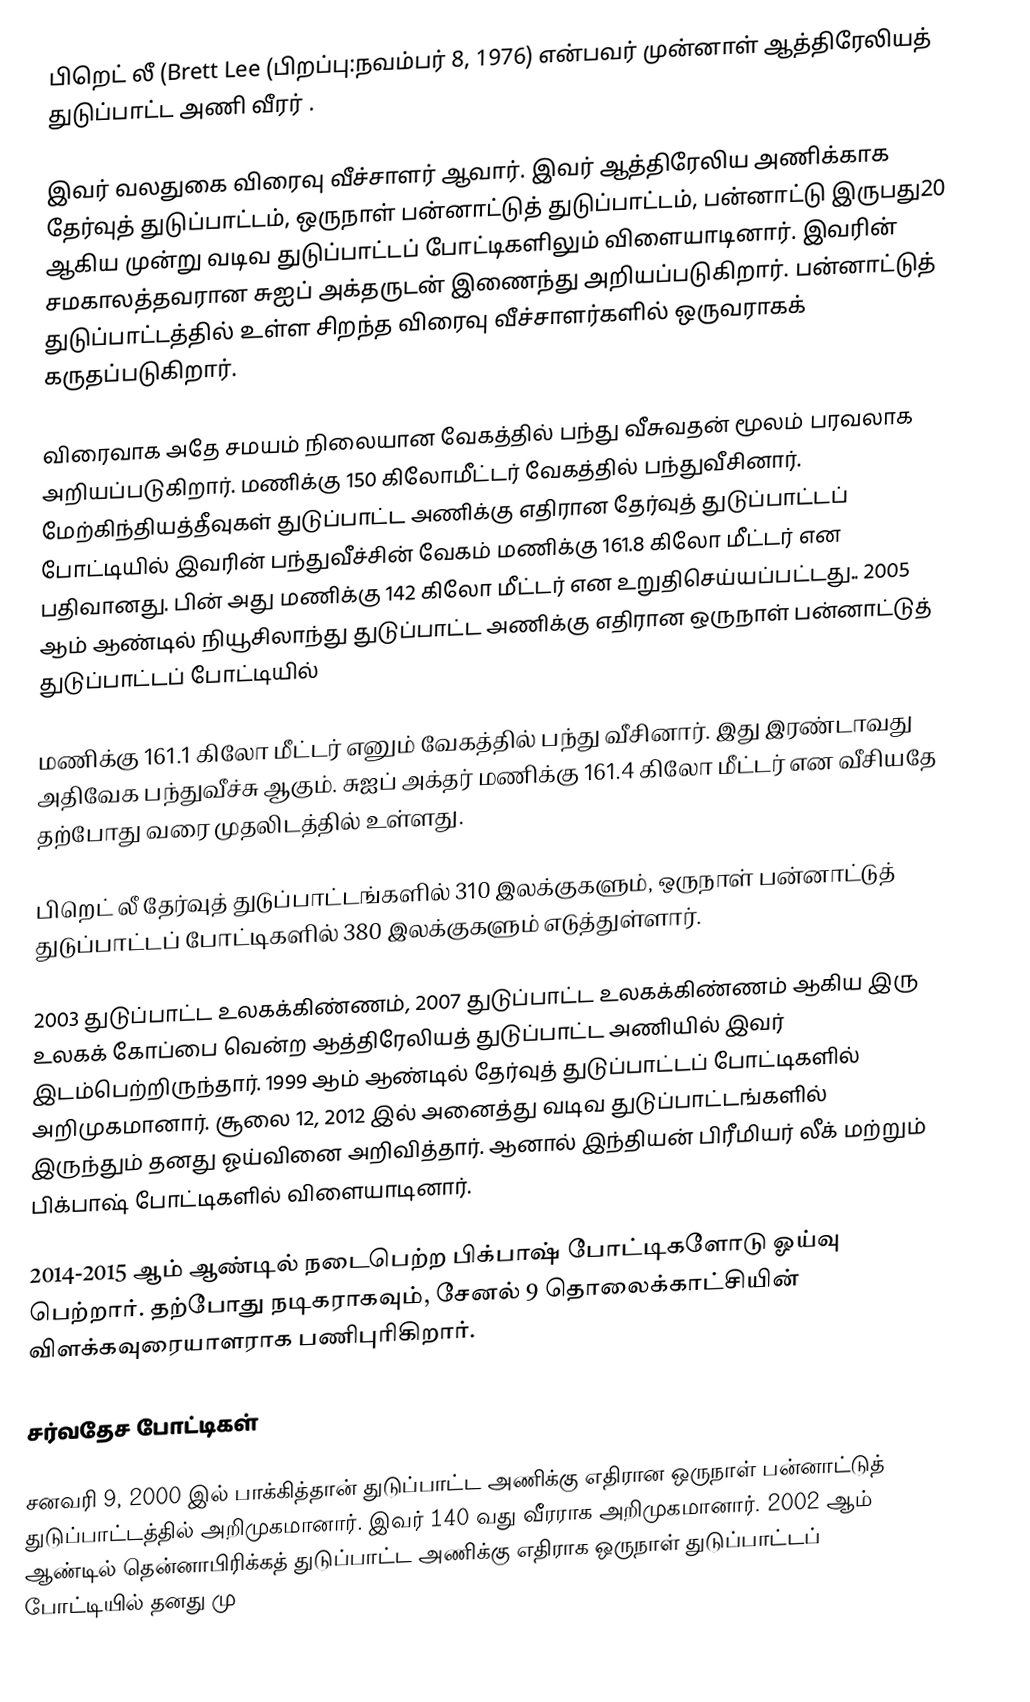
பிறெட் லீ (Brett Lee (பிறப்பு:நவம்பர் 8, 1976) என்பவர் முன்னாள் ஆத்திரேலியத் துடுப்பாட்ட அணி வீரர் .

இவர் வலதுகை விரைவு வீச்சாளர் ஆவார். இவர் ஆத்திரேலிய அணிக்காக தேர்வுத் துடுப்பாட்டம், ஒருநாள் பன்னாட்டுத் துடுப்பாட்டம், பன்னாட்டு இருபது20 ஆகிய முன்று வடிவ துடுப்பாட்டப் போட்டிகளிலும் விளையாடினார். இவரின் சமகாலத்தவரான  சுஐப் அக்தருடன் இணைந்து அறியப்படுகிறார். பன்னாட்டுத் துடுப்பாட்டத்தில் உள்ள சிறந்த விரைவு வீச்சாளர்களில் ஒருவராகக் கருதப்படுகிறார்.

விரைவாக அதே சமயம் நிலையான வேகத்தில் பந்து வீசுவதன் மூலம் பரவலாக அறியப்படுகிறார். மணிக்கு 150 கிலோமீட்டர் வேகத்தில் பந்துவீசினார். மேற்கிந்தியத்தீவுகள் துடுப்பாட்ட அணிக்கு எதிரான தேர்வுத் துடுப்பாட்டப் போட்டியில் இவரின் பந்துவீச்சின் வேகம் மணிக்கு  161.8 கிலோ மீட்டர் என பதிவானது. பின் அது மணிக்கு  142 கிலோ மீட்டர் என உறுதிசெய்யப்பட்டது.. 2005 ஆம் ஆண்டில் நியூசிலாந்து துடுப்பாட்ட அணிக்கு எதிரான ஒருநாள் பன்னாட்டுத் துடுப்பாட்டப் போட்டியில்

மணிக்கு  161.1 கிலோ மீட்டர் எனும் வேகத்தில் பந்து வீசினார். இது இரண்டாவது அதிவேக பந்துவீச்சு ஆகும். சுஐப் அக்தர் மணிக்கு  161.4 கிலோ மீட்டர் என வீசியதே தற்போது வரை முதலிடத்தில் உள்ளது.

பிறெட் லீ தேர்வுத் துடுப்பாட்டங்களில் 310 இலக்குகளும், ஒருநாள் பன்னாட்டுத் துடுப்பாட்டப் போட்டிகளில் 380 இலக்குகளும் எடுத்துள்ளார்.

2003 துடுப்பாட்ட உலகக்கிண்ணம், 2007 துடுப்பாட்ட உலகக்கிண்ணம் ஆகிய இரு உலகக் கோப்பை வென்ற ஆத்திரேலியத் துடுப்பாட்ட அணியில் இவர் இடம்பெற்றிருந்தார். 1999  ஆம் ஆண்டில் தேர்வுத் துடுப்பாட்டப் போட்டிகளில் அறிமுகமானார். சூலை 12, 2012 இல் அனைத்து வடிவ துடுப்பாட்டங்களில் இருந்தும் தனது ஓய்வினை அறிவித்தார். ஆனால் இந்தியன் பிரீமியர் லீக் மற்றும் பிக்பாஷ் போட்டிகளில் விளையாடினார்.

2014-2015 ஆம் ஆண்டில் நடைபெற்ற பிக்பாஷ் போட்டிகளோடு ஓய்வு பெற்றார். தற்போது நடிகராகவும், சேனல் 9 தொலைக்காட்சியின் விளக்கவுரையாளராக பணிபுரிகிறார்.

சர்வதேச போட்டிகள்

சனவரி 9, 2000 இல் பாக்கித்தான் துடுப்பாட்ட அணிக்கு எதிரான ஒருநாள் பன்னாட்டுத் துடுப்பாட்டத்தில் அறிமுகமானார். இவர் 140 வது வீரராக அறிமுகமானார். 2002 ஆம் ஆண்டில் தென்னாபிரிக்கத் துடுப்பாட்ட அணிக்கு எதிராக ஒருநாள் துடுப்பாட்டப் போட்டியில் தனது மு